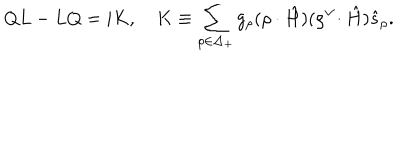
LaTeX: Q L - L Q = i K , \quad K \equiv \sum _ { \rho \in \Delta _ { + } } g _ { \rho } ( \rho \cdot \hat { H } ) ( { \rho } ^ { \vee } \! \cdot \hat { H } ) \hat { s } _ { \rho } .